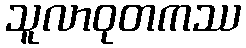
သူလာဝုတကဿ